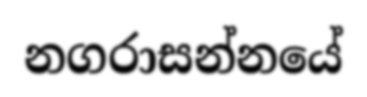
නගරාසන්නයේ